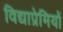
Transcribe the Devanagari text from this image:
विद्याप्रेमियों